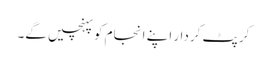
کرپٹ کردار اپنے انجام کو پہنچیں گے۔